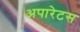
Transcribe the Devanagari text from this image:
अपारेटस